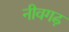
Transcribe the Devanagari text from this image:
नीवगढ़